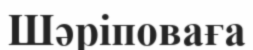
Шәріповаға